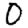
Digit: 0